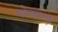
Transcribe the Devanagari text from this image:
गोनारद्य